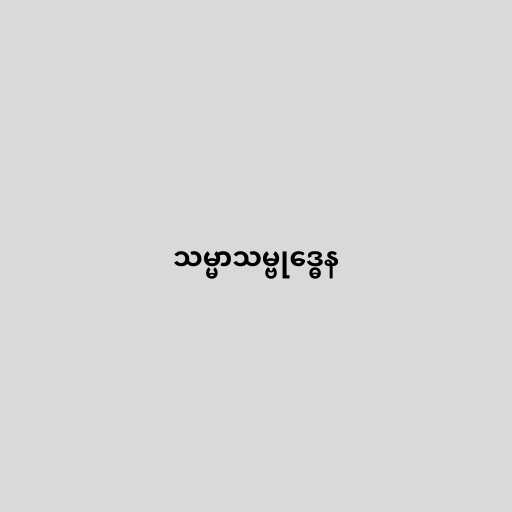
သမ္မာသမ္ဗုဒ္ဓေန